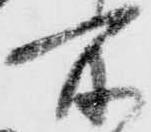
所